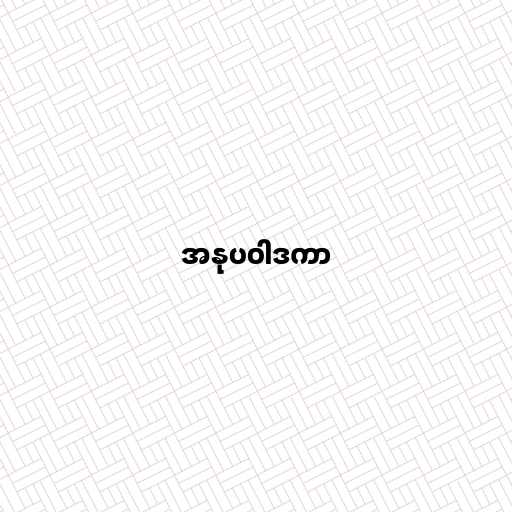
အနုပဝါဒကာ